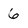
Character: 6